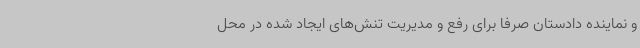
و نماینده دادستان صرفا برای رفع و مدیریت تنش‌های ایجاد شده در محل